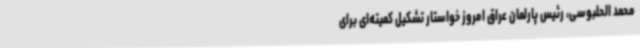
محمد الحلبوسی، رئیس پارلمان عراق امروز خواستار تشکیل کمیته‌ای برای